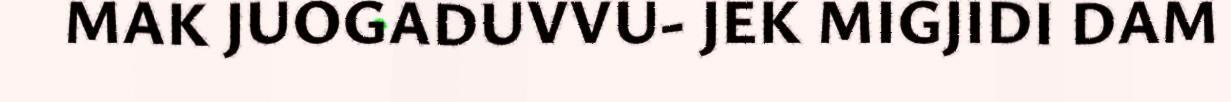
MAK JUOGADUVVU- JEK MIGJIDI DAM